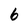
Character: 6